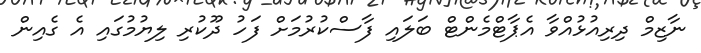
ނާޒިމް ދިރިއުޅުއްވާ އެޕާޓްމެންޓް ބަލައި ފާސްކުރުމަށް ފަހު ދޫކުރި ލިޔުމުގައި އެ ގެއިން